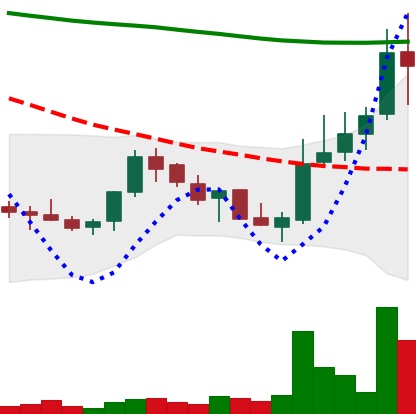
Ticker: LINK-USD
Chart end date: 2018-07-30
Forward return: -18.941%
Label: down_7plus